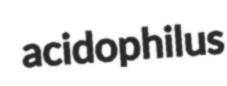
acidophilus